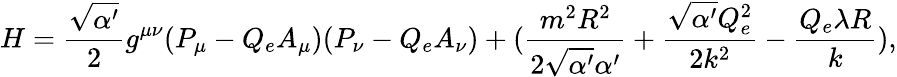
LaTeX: H=\frac{\sqrt{\alpha^{\prime}}}{2}g^{\mu\nu}(P_{\mu}-Q_{e}A_{\mu})(P_{\nu}-Q_{e}A_{\nu})+(\frac{m^{2}R^{2}}{2\sqrt{\alpha^{\prime}}\alpha^{\prime}}+\frac{\sqrt{\alpha^{\prime}}Q_{e}^{2}}{2k^{2}}-\frac{Q_{e}\lambda R}{k}),